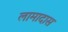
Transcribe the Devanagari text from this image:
लामादास